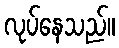
လုပ်နေသည်။